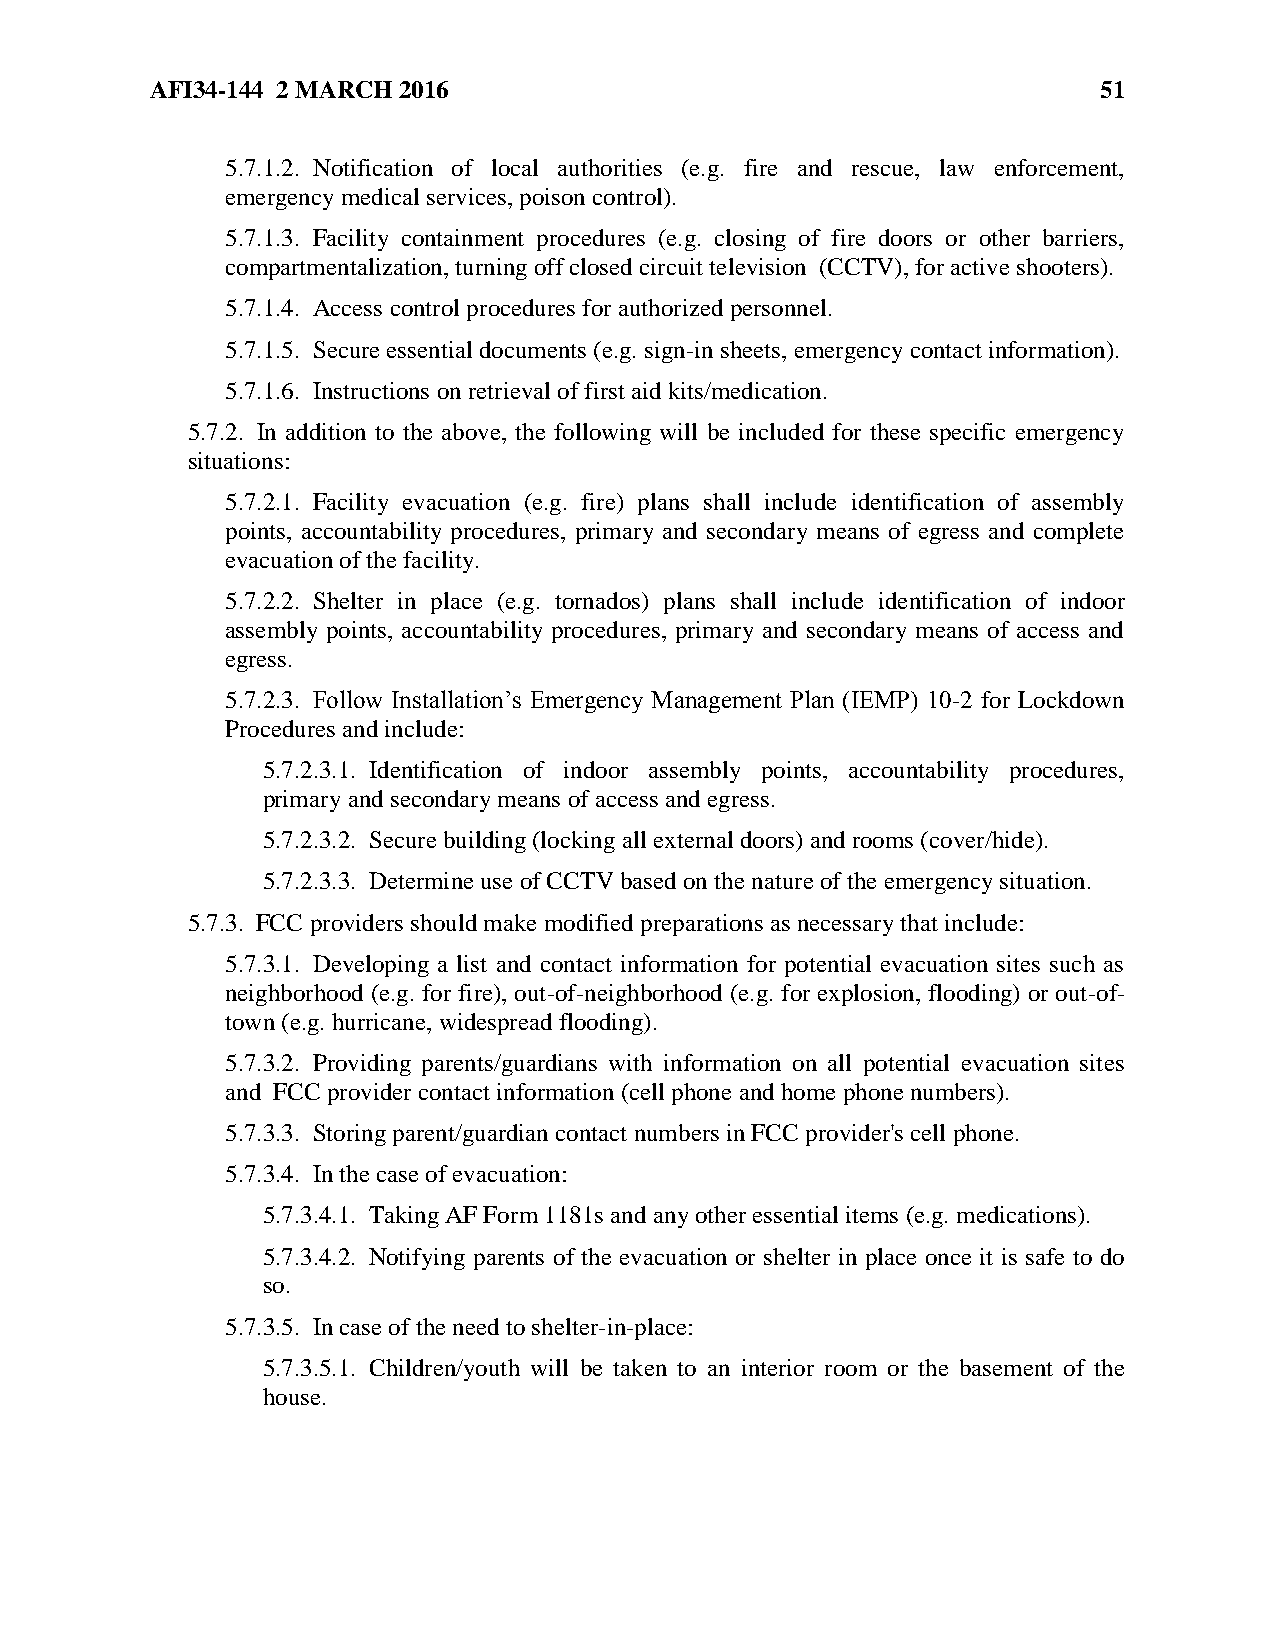
AFI34-144 2 MARCH 2016                                         51
 5.7.1.2. Notification of local authorities (e.g. fire and rescue, law enforcement,
 emergency medical services, poison control).
 5.7.1.3. Facility containment procedures (e.g. closing of fire doors or other barriers,
 compartmentalization, turning off closed circuit television (CCTV), for active shooters).
 5.7.1.4. Access control procedures for authorized personnel.
 5.7.1.5. Secure essential documents (e.g. sign-in sheets, emergency contact information).
 5.7.1.6. Instructions on retrieval of first aid kits/medication.
 5.7.2. In addition to the above, the following will be included for these specific emergency
 situations:
 5.7.2.1. Facility evacuation (e.g. fire) plans shall include identification of assembly
 points, accountability procedures, primary and secondary means of egress and complete
 evacuation of the facility.
 5.7.2.2. Shelter in place (e.g. tornados) plans shall include identification of indoor
 assembly points, accountability procedures, primary and secondary means of access and
 egress.
 5.7.2.3. Follow Installation’s Emergency Management Plan (IEMP) 10-2 for Lockdown
 Procedures and include:
 5.7.2.3.1. Identification of indoor assembly points, accountability procedures,
 primary and secondary means of access and egress.
 5.7.2.3.2. Secure building (locking all external doors) and rooms (cover/hide).
 5.7.2.3.3. Determine use of CCTV based on the nature of the emergency situation.
 5.7.3. FCC providers should make modified preparations as necessary that include:
 5.7.3.1. Developing a list and contact information for potential evacuation sites such as
 neighborhood (e.g. for fire), out-of-neighborhood (e.g. for explosion, flooding) or out-of-
 town (e.g. hurricane, widespread flooding).
 5.7.3.2. Providing parents/guardians with information on all potential evacuation sites
 and FCC provider contact information (cell phone and home phone numbers).
 5.7.3.3. Storing parent/guardian contact numbers in FCC provider's cell phone.
 5.7.3.4. In the case of evacuation:
 5.7.3.4.1. Taking AF Form 1181s and any other essential items (e.g. medications).
 5.7.3.4.2. Notifying parents of the evacuation or shelter in place once it is safe to do
 so.
 5.7.3.5. In case of the need to shelter-in-place:
 5.7.3.5.1. Children/youth will be taken to an interior room or the basement of the
 house.